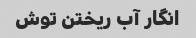
انگار آب ریختن توش